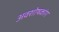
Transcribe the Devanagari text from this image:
अवशोषकांग